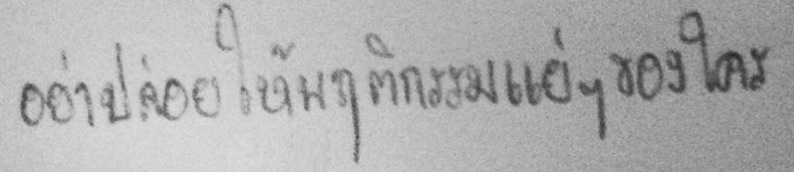
อย่าปล่อยให้พฤติกรรมแย่ๆ ของใคร